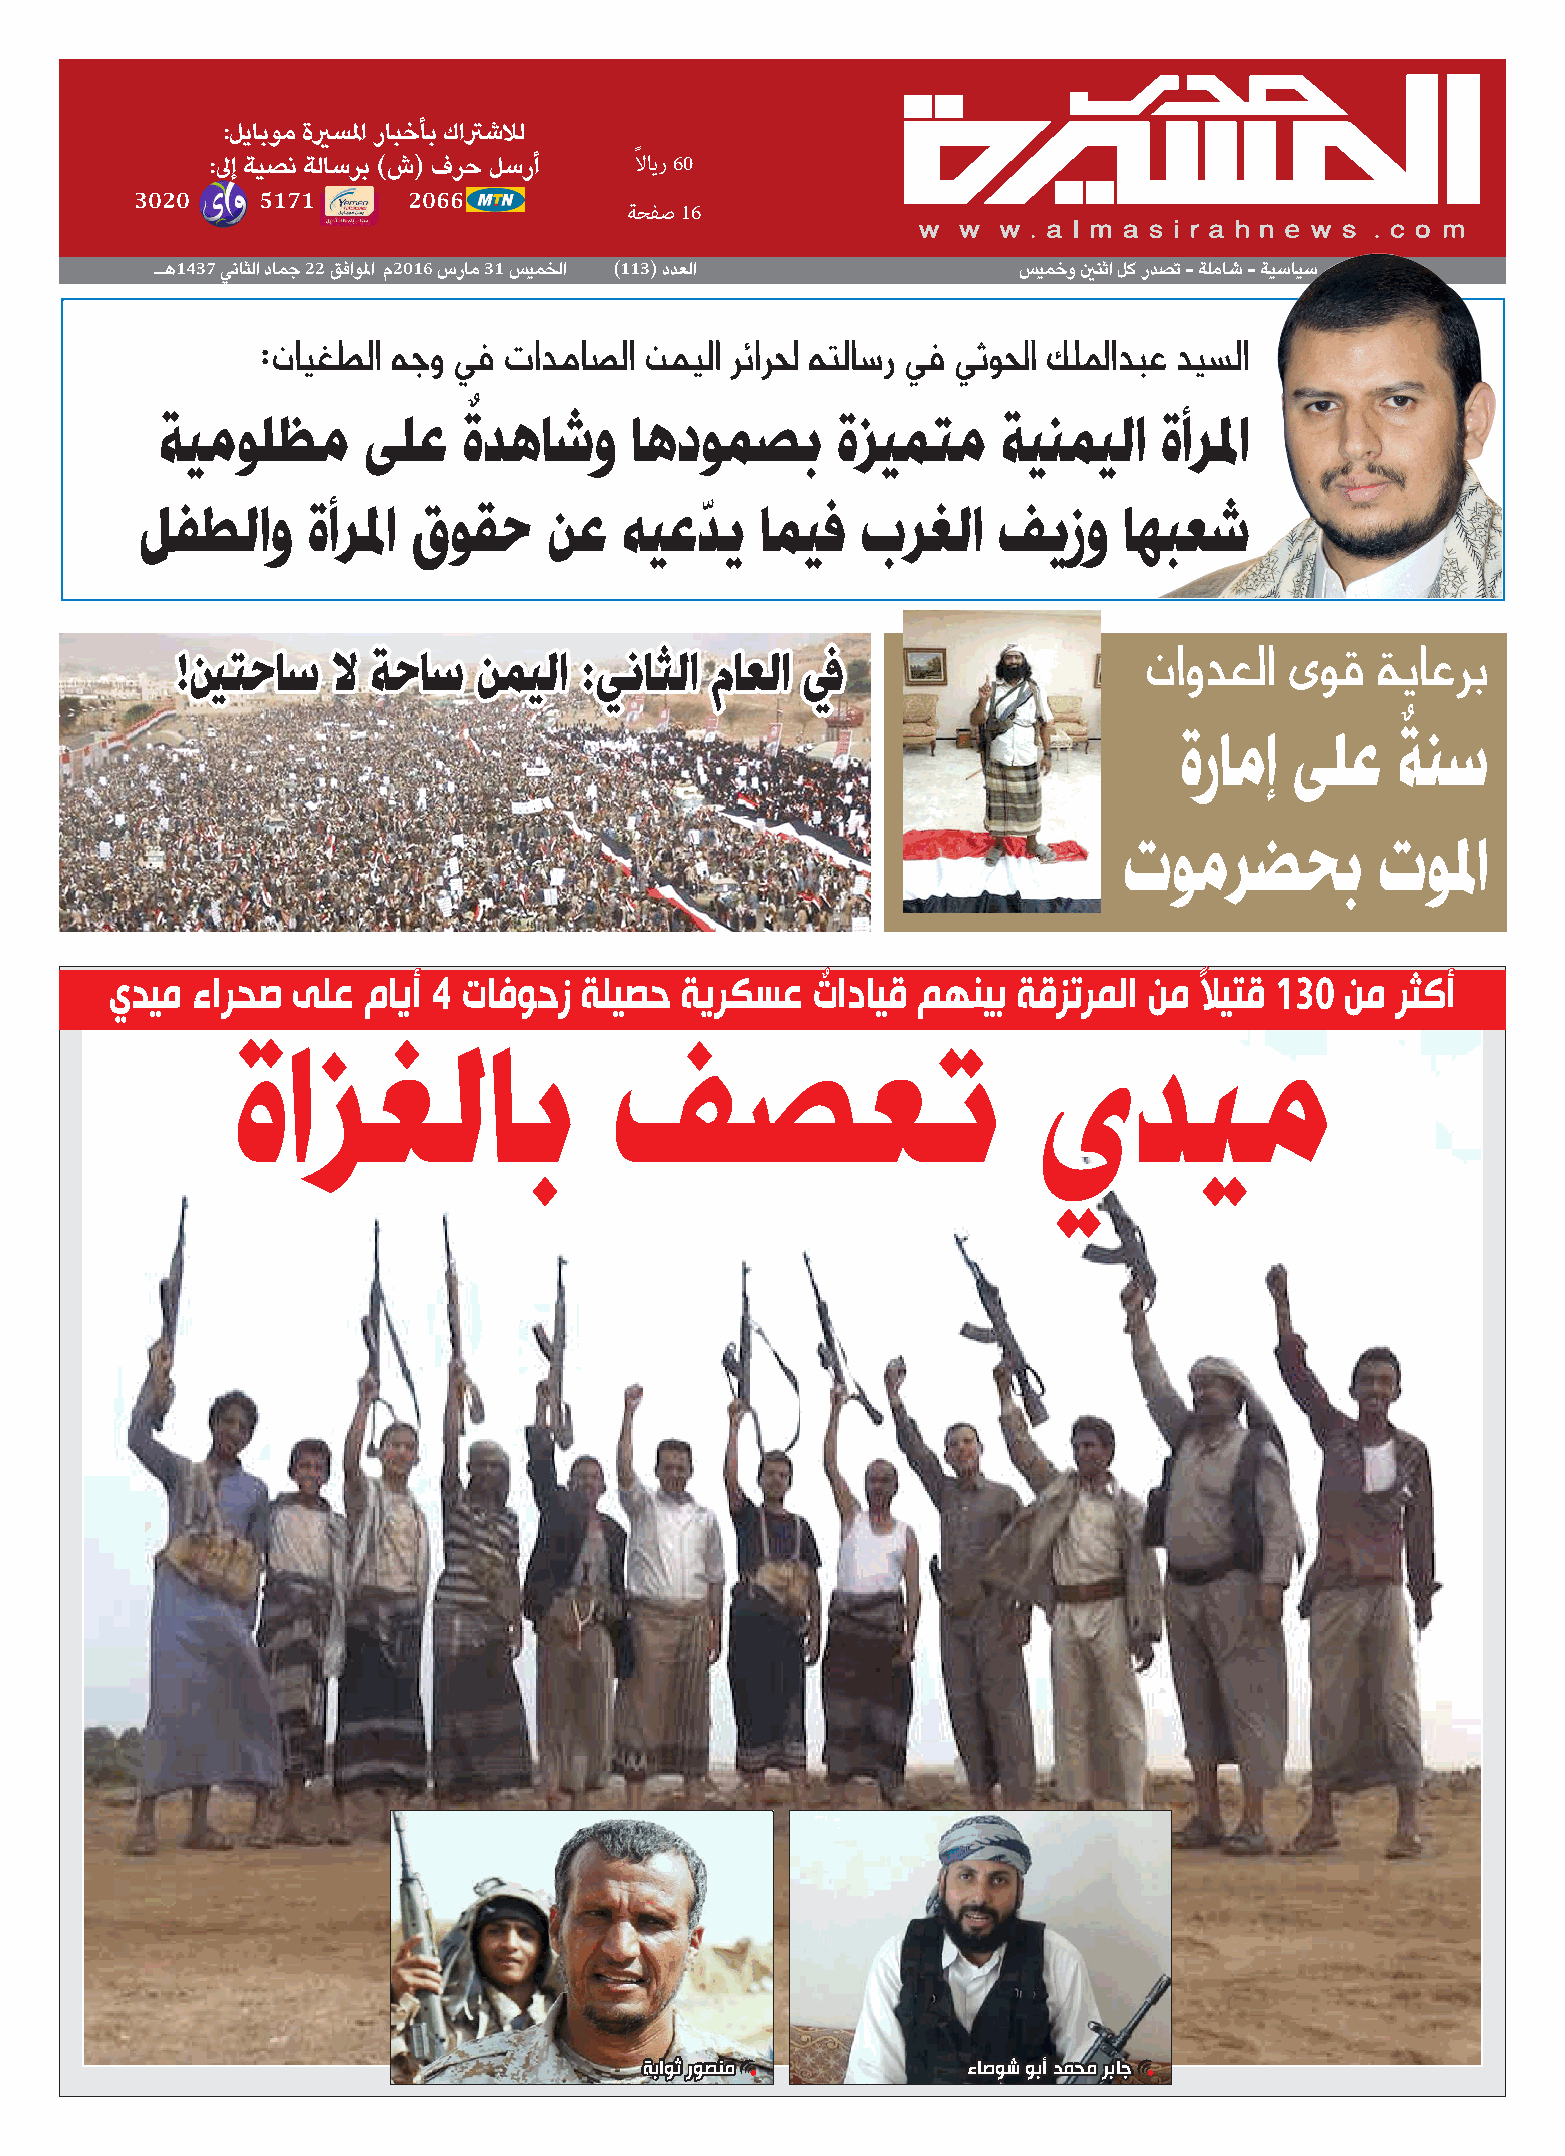
:ليابوم ةيرسلما رابخأب كاترشلال
 :لىإ ةيصن ةلاسرب )ش( فرح لسرأ ًلااير 60
 3020    5171      2066
 ةحفص 16
 ال1ل37 لنايلا 1اما 22 لخاولما 2016 لرام 31 ليميلا )113( 1ددلا ليمخو يننثا لك ردصت - ةلماش - ةيسايس
 :نايغطلا هجو في تادماص�لا نميلا رئارلح هتلاص�ر في يثولحا كللمادبع ديص�لا
 ةيمولظم      ىلع    ةٌدهاشو    اهدومصب      ةزيمتم     ةينميلا    ةأرلما
 لفطلاو     ةأرلما قوقح     نع   هيعدي    اميف   برغلا    فيزو    اهبعش
 ّ
 ناودعلا  ىوق   ةياعرب
 !ينتحاس   لا ةحاس   نميلا :يناثلا  ماعلا في
 ٌ
 ةرامإ   ىلع    ةنس
 تومرضحب          تولما
 يديم  ءارحص ىلع  مايأ 4 تافوحز ةليصح  ةيركسع   تٌ ادايق مهنيب ةقزترملا نم ًلايتق 130 نم رثكأ
 ةازغلاب                   فصعت                        يديم
 ةباوث روصنم          ءاصوش وبأ دمحم رباج